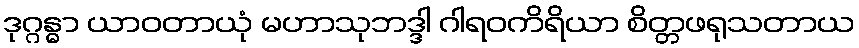
ဒုဂ္ဂန္ဓာ ယာဝတာယုံ မဟာသုဘဒ္ဒါ ဂါရဝကိရိယာ စိတ္တဖရုသတာယ